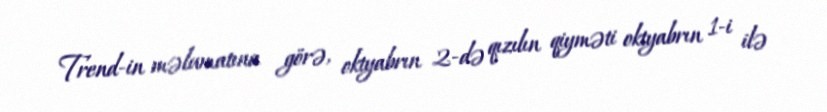
Trend-in məlumatına görə, oktyabrın 2-də qızılın qiyməti oktyabrın 1-i ilə